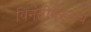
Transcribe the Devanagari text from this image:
विनंतीवरूनच